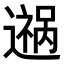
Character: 𬩎